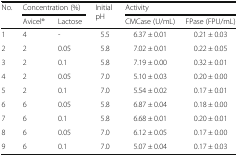
<table><thead><tr><td rowspan="2"><b>No.</b></td><td colspan="2"><b>Concentration (%)</b></td><td rowspan="2"><b>Initial pH</b></td><td colspan="2"><b>Activity</b></td></tr><tr><td><b>Avicel®</b></td><td><b>Lactose</b></td><td><b>CMCase (U/mL)</b></td><td><b>FPase (FPU/mL)</b></td></tr></thead><tbody><tr><td>1</td><td>4</td><td>-</td><td>5.5</td><td>6.37 ± 0.01</td><td>0.21 ± 0.03</td></tr><tr><td>2</td><td>2</td><td>0.05</td><td>5.8</td><td>7.02 ± 0.01</td><td>0.22 ± 0.05</td></tr><tr><td>3</td><td>2</td><td>0.1</td><td>5.8</td><td>7.19 ± 0.00</td><td>0.32 ± 0.01</td></tr><tr><td>4</td><td>2</td><td>0.05</td><td>7.0</td><td>5.10 ± 0.03</td><td>0.20 ± 0.00</td></tr><tr><td>5</td><td>2</td><td>0.1</td><td>7.0</td><td>5.54 ± 0.02</td><td>0.17 ± 0.01</td></tr><tr><td>6</td><td>6</td><td>0.05</td><td>5.8</td><td>6.87 ± 0.04</td><td>0.18 ± 0.00</td></tr><tr><td>7</td><td>6</td><td>0.1</td><td>5.8</td><td>6.68 ± 0.01</td><td>0.20 ± 0.01</td></tr><tr><td>8</td><td>6</td><td>0.05</td><td>7.0</td><td>6.12 ± 0.05</td><td>0.17 ± 0.00</td></tr><tr><td>9</td><td>6</td><td>0.1</td><td>7.0</td><td>5.07 ± 0.04</td><td>0.17 ± 0.03</td></tr></tbody></table>